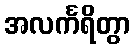
အလင်္ကရိတွာ